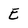
Character: E